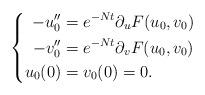
LaTeX: \begin{align*} \left \{ \begin{aligned}- u_0'' &= e^{-Nt}\partial_{u}F(u_0,v_0)&&\\- v_0'' &= e^{-Nt}\partial_{v}F(u_0,v_0) &&\\u_0(0)&=v_0(0)=0. \end{aligned} \right.\end{align*}